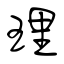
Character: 理